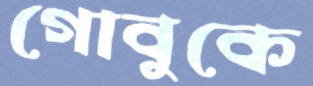
গোবুকে